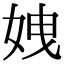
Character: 𡜄